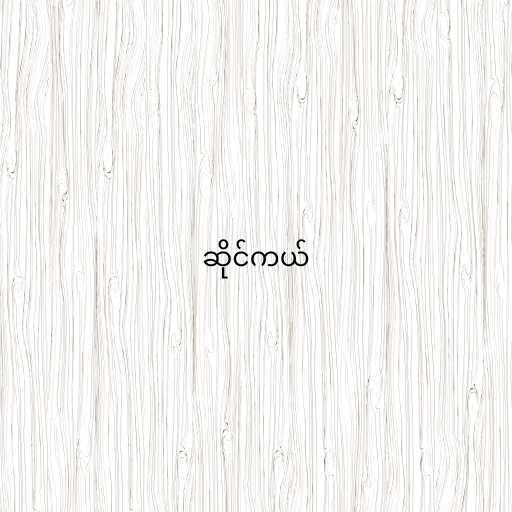
ဆိုင်ကယ်